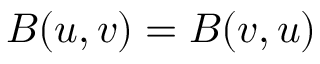
B ( u , v ) = B ( v , u )